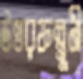
উত্তরফল্গুনী